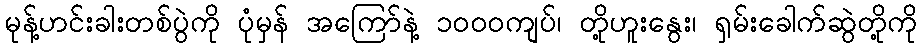
မုန့်ဟင်းခါးတစ်ပွဲကို ပုံမှန် အကြော်နဲ့ ၁ဝဝဝကျပ်၊ တို့ဟူးနွေး၊ ရှမ်းခေါက်ဆွဲတို့ကို